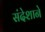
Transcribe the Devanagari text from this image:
संदेशाने